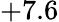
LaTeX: +7.6